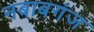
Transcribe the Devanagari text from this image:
नबाबगंज